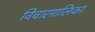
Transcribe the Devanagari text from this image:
विचारमालिका